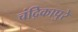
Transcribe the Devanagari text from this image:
चंद्रिकापुरे